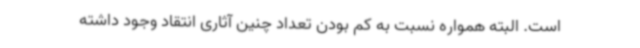
است. البته همواره نسبت به کم بودن تعداد چنین آثاری انتقاد وجود داشته